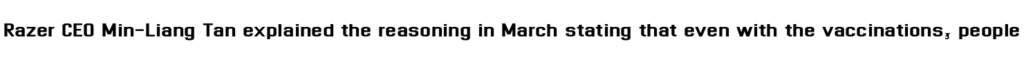
Razer CEO Min-Liang Tan explained the reasoning in March stating that even with the vaccinations, people